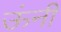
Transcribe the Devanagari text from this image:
ऊंनी